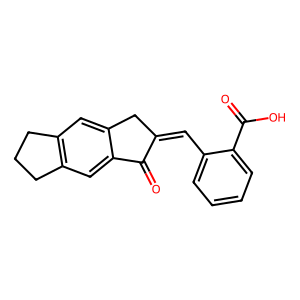
SMILES: O=C(O)c1ccccc1C=C1Cc2cc3c(cc2C1=O)CCC3
Inhibits HIV replication: No